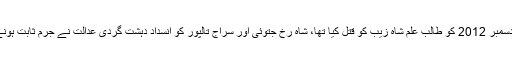
واضح رہے کہ مجرمان نے 25 دسمبر 2012 کو طالب علم شاہ زیب کو قتل کیا تھا، شاہ رخ جتوئی اور سراج تالپور کو انسداد دہشت گردی عدالت نے جرم ثابت ہونے پر سزائے موت کا حکم دیا تھا۔